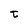
Character: t